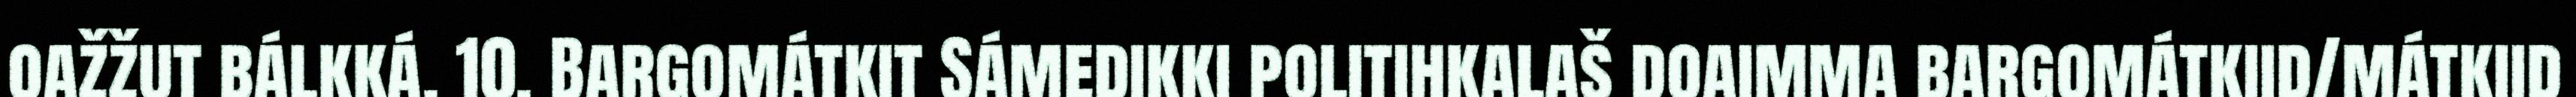
oažžut bálkká. 10. Bargomátkit Sámedikki politihkalaš doaimma bargomátkiid/mátkiid